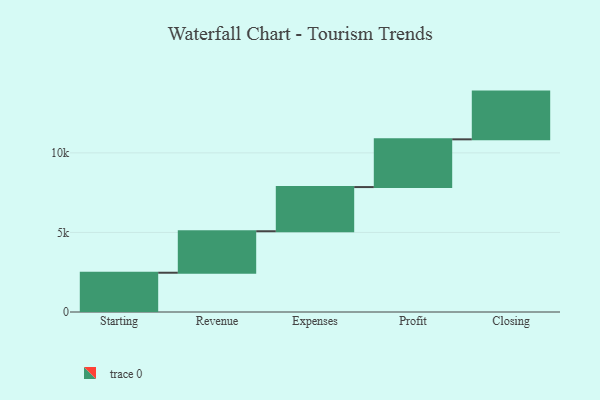
{"axis": {"x": "Step", "y": "Value"}, "legend": [""], "data": [{"x": "Starting", "y": 2468.0, "type": ""}, {"x": "Revenue", "y": 2608.0, "type": ""}, {"x": "Expenses", "y": 2776.0, "type": ""}, {"x": "Profit", "y": 3000, "type": ""}, {"x": "Closing", "y": 3000, "type": ""}]}